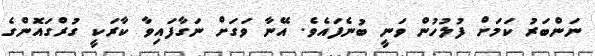
ނަންބަރު ކަމަށް ފުލުހުން ވަނީ ބުނެފައެވެ. އޭނާ ވަގަށް ނަގާފައިވާ ކާރަކީ ގުރްގައޮންގެ